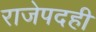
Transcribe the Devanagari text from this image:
राजेपदही